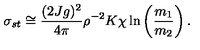
\sigma _ { s t } \cong { \frac { ( 2 J g ) ^ { 2 } } { 4 \pi } } \rho ^ { - 2 } K \chi \ln \left( { \frac { m _ { 1 } } { m _ { 2 } } } \right) .